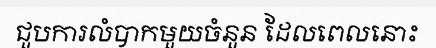
ជួបការលំបាកមួយចំនួន ដែលពេលនោះ